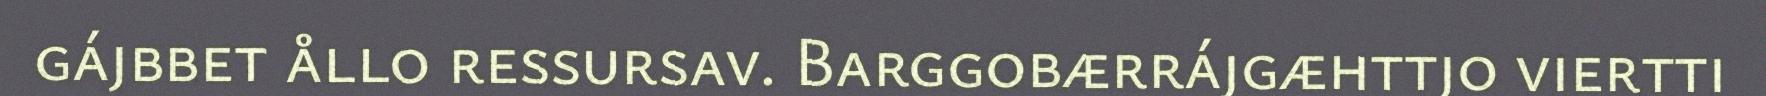
gájbbet ållo ressursav. Barggobærrájgæhttjo viertti